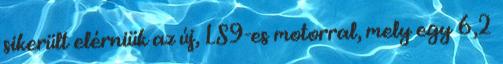
sikerült elérniük az új, LS9-es motorral, mely egy 6,2